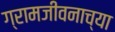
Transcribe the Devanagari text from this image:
ग्रामजीवनाच्या